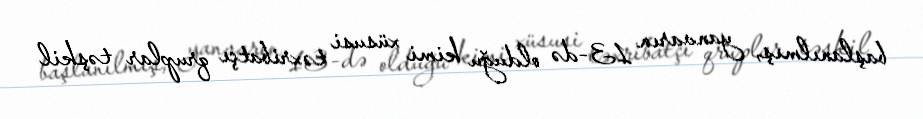
başlanılmış, yanvarın 13-də olduğu kimi xüsusi təxribatçı qruplar təşkil